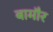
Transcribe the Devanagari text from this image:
बामौर